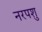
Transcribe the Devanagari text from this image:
नरपशु